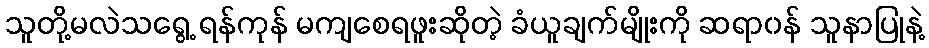
သူတို့မလဲသရွေ့ ရန်ကုန် မကျစေရဖူးဆိုတဲ့ ခံယူချက်မျိုးကို ဆရာ၀န် သူနာပြုနဲ့